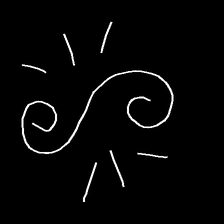
Glyph: wind-directs-air